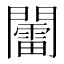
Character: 𨷏